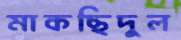
মাকছিদুল